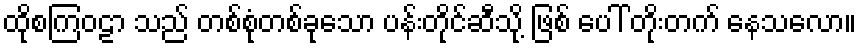
ထိုစကြဝဠာ သည် တစ်စုံတစ်ခုသော ပန်းတိုင်ဆီသို့ ဖြစ် ပေါ် တိုးတက် နေသလော။